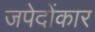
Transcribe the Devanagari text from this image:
जपेदोंकार